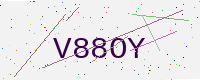
Text: V88OY